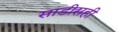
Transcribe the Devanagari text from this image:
साडीसही